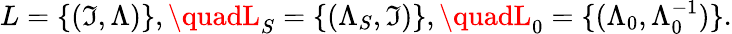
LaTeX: L=\{ (\mathfrak{I},\Lambda)\} ,\quadL_{S}=\{ (\Lambda_{S},\mathfrak{I})\} ,\quadL_{0}=\{ (\Lambda_{0},\Lambda_{0}^{-1})\} .